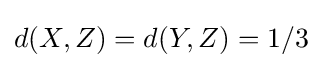
d(X,Z)=d(Y,Z)=1/3